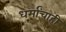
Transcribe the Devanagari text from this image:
धर्मांचाही